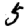
Digit: 5